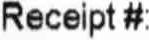
RECEIPT #: